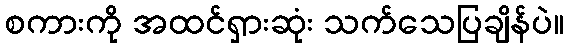
စကားကို အထင်ရှားဆုံး သက်သေပြချိန်ပဲ။